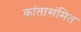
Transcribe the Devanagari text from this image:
कांतासंमित